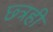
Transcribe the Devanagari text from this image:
छ्त्रही